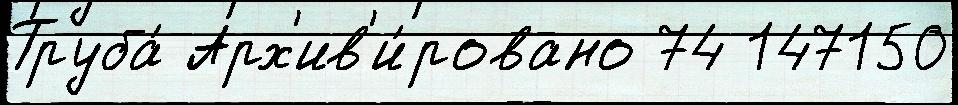
Труба́ Арх'ив'и́ровано 74 147150